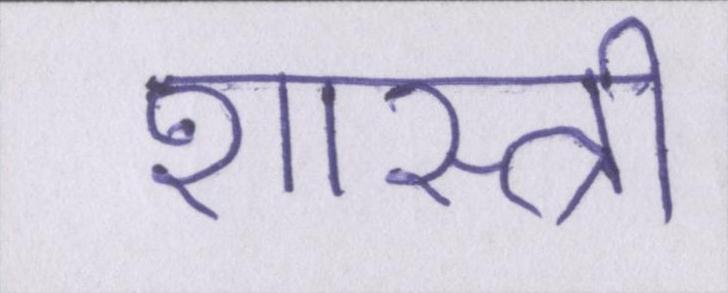
शास्त्री